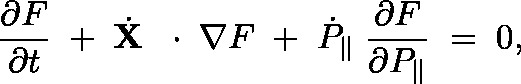
\frac { \partial F } { \partial t } \; + \; \dot { \bf X } \, \mathrm { ~ \boldmath ~ \cdot ~ } \, \nabla F \; + \; \dot { P } _ { \| } \; \frac { \partial F } { \partial P _ { \| } } \; = \; 0 ,